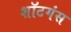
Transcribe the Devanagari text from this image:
शॉटगंस